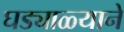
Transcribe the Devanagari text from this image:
घड्याळ्याने